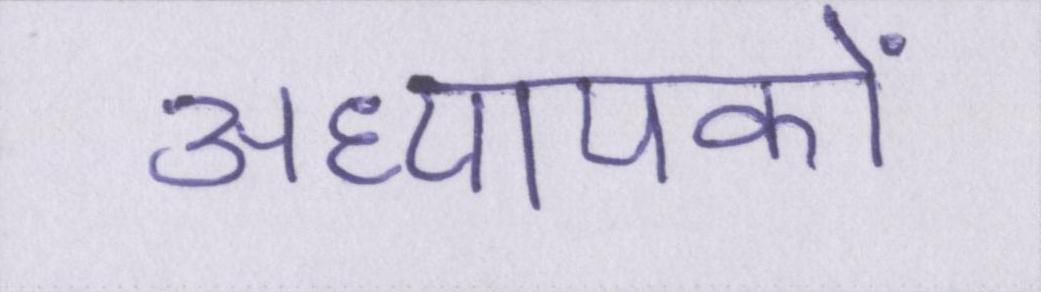
अध्यापकों